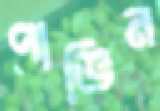
পাভিন